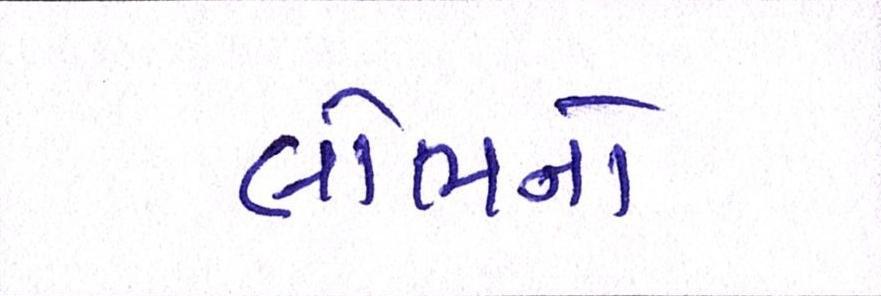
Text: લોભનો